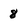
Character: 8